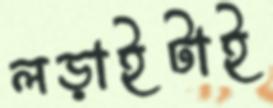
লড়াইটাই